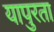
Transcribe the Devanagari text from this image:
यापुरता